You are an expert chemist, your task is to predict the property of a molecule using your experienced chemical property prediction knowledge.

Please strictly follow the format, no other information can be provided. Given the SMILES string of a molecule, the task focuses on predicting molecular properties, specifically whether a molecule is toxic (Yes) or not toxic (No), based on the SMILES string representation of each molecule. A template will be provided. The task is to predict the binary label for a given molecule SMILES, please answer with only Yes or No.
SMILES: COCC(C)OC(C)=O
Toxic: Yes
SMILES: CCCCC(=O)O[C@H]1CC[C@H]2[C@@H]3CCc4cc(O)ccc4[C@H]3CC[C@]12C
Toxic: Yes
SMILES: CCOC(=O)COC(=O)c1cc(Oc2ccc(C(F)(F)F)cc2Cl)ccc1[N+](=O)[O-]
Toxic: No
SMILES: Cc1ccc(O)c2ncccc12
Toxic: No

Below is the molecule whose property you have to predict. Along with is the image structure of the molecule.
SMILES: O=C(OCC(COC(=O)c1cccnc1)(COC(=O)c1cccnc1)COC(=O)c1cccnc1)c1cccnc1
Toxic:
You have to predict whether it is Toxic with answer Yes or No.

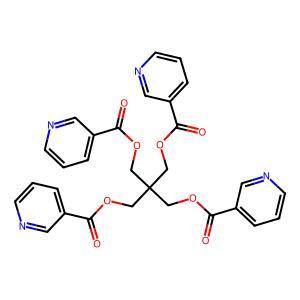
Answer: No